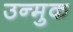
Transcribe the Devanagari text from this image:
उन्मुक